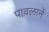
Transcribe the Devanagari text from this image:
पावलानें